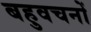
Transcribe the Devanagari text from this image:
बहुवचनों